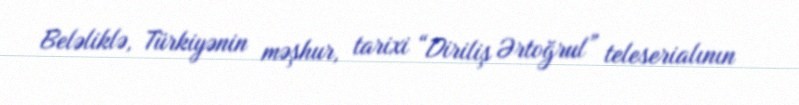
Beləliklə, Türkiyənin məşhur, tarixi “Diriliş Ərtoğrul” teleserialının